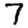
Digit: 7